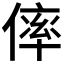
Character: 𠌭